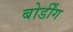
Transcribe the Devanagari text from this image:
बोर्डींग